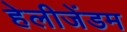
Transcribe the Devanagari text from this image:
हेलीजेंडम